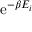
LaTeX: \mathrm { e } ^ { - \beta E _ { i } }